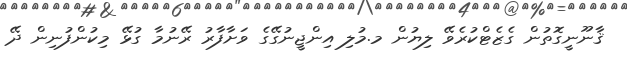
ޤާނޫނީގޮތުން ގެޒެޓްކުރެވޭ ލިޔުން މ.މުލި އިންޖީނުގޭގެ ވަށާފާރު ރޭނުމާ ގުޅޭ މިކުންފުނިން ދޭ